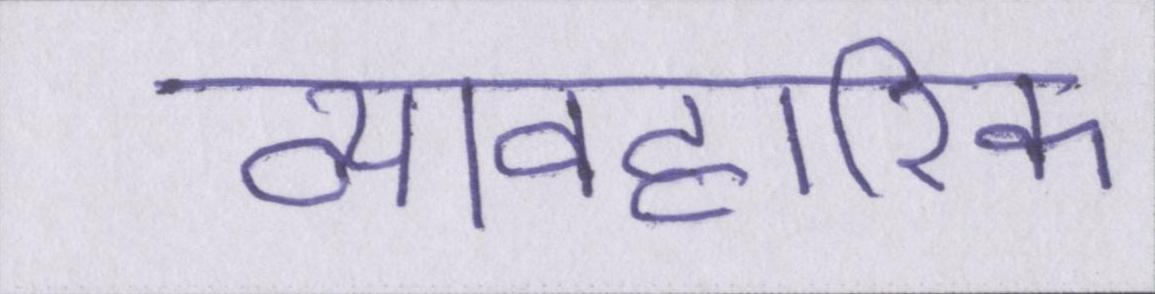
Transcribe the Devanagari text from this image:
व्यावहारिक